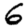
Digit: 6